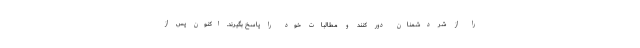
را از شر دشمنان دور کنند و مطالبات خود را پاسخ بگیرند. اکنون پس از